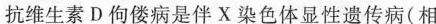
抗维生素D佝偻病是伴X染色体显性遗传病(相